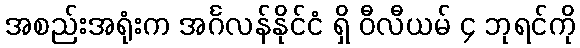
အစည်းအရုံးက အင်္ဂလန်နိုင်ငံ ရှိ ဝီလီယမ် ၄ ဘုရင်ကို